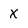
Character: X